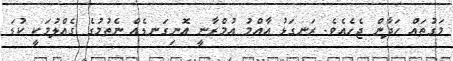
މަގުތައް ހަދާން ޖެހެއެވެ. ރަނގަޅު އާއްމު އުމްރާނީ އޮނިގަނޑެއް ނެތުމުގެ ގެއްލުމަކީ ކުޑަ